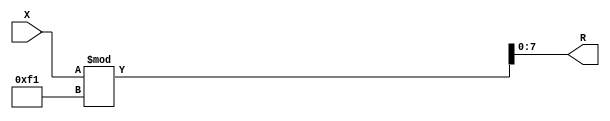
module x_500_mod_241_reg(
    input [500:1] X,
    output [8:1] R
    );


assign R = X % 241;

endmodule